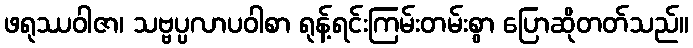
ဖရုဿဝါဇာ၊ သဗ္ဗပ္ပလာပဝါစာ ရုန့်ရင်းကြမ်းတမ်းစွာ ပြောဆိုတတ်သည်။